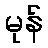
မုန်